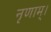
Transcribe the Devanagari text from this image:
नृणाम्‌।